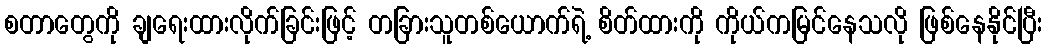
စတာတွေကို ချရေးထားလိုက်ခြင်းဖြင့် တခြားသူတစ်ယောက်ရဲ့ စိတ်ထားကို ကိုယ်ကမြင်နေသလို ဖြစ်နေနိုင်ပြီး